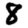
Digit: 8